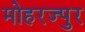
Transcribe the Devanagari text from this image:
मोहरज्पुर